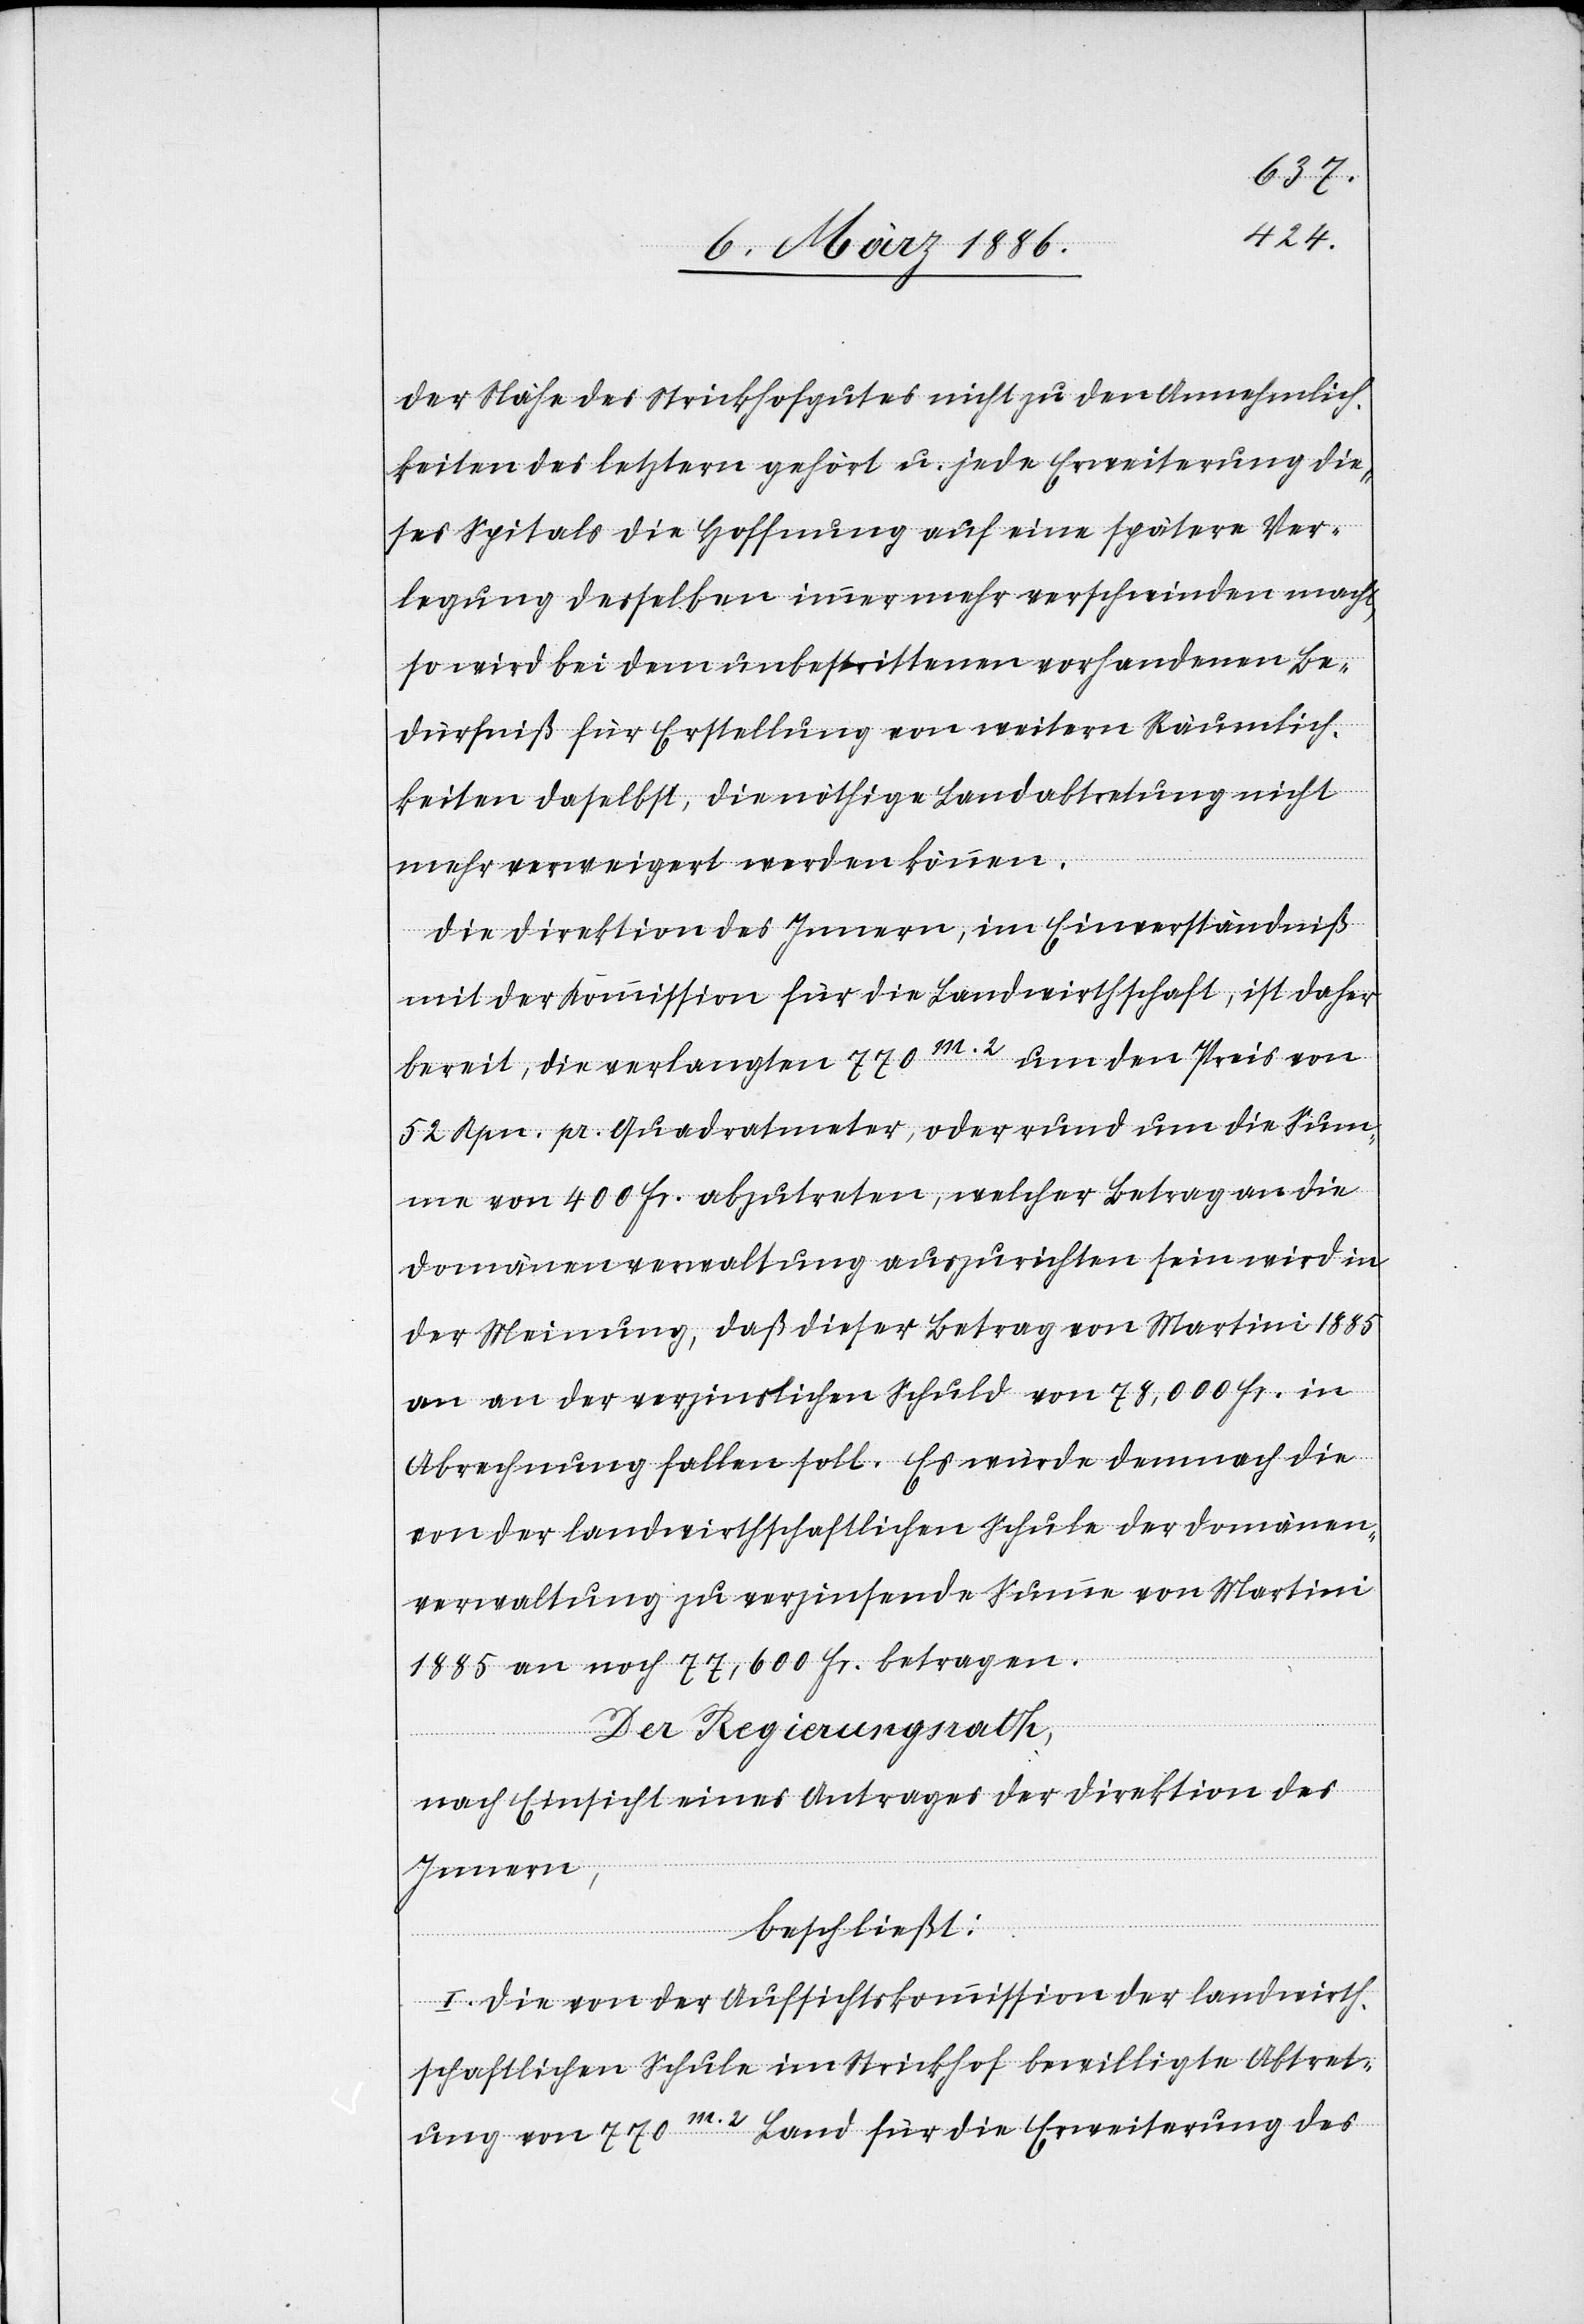
der Nähe des Strickhofgutes nicht zu den Annehmlich¬
keiten des letztern gehört u. jede Erweiterung die¬
ses Spitals die Hoffnung auf eine spätere Ver¬
legung desselben immer mehr verschwinden macht,
so wird bei dem unbestrittenen vorhandenen Be¬
dürfniß für Erstellung von weitern Räumlich¬
keiten daselbst, die nöthige Landabtretung nicht
mehr verweigert werden können.
Die Direktion des Innern, im Einverständniß
mit der Kommission für die Landwirthschaft, ist daher
bereit, die verlangten 770m.2 um den Preis von
52 Rpn. pr. Quadratmeter, oder rund um die Sum¬
me von 400 Fr. abzutreten, welcher Betrag an die
Domänenverwaltung auszurichten sein wird in
der Meinung, daß dieser Betrag von Martini 1885
an der verzinslichen Schuld von 78,000 Fr. in
Abrechnung fallen soll. Es wurde demnach die
von der landwirthschaftlichen Schule der Domänen¬
verwaltung zu verzinsende Summe von Martini
1885 an noch 77,600 Fr. betragen.
Der Regierungsrath,
nach Einsicht eines Antrages der Direktion des
Innern,
beschließt;
I. Die von der Aufsichtskommission der landwirth¬
schaftlichen Schule im Strickhof bewilligte Abtret¬
ung von 770m.2 Land für die Erweiterung des